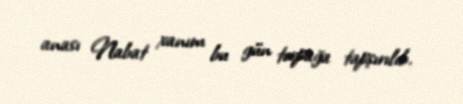
anası Nabat xanım bu gün torpağa tapşırılıb.